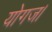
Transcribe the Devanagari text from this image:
योगज।